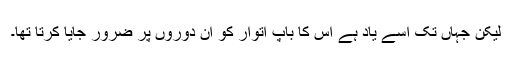
لیکن جہاں تک اسے یاد ہے اس کا باپ اتوار کو ان دوروں پر ضرور جایا کرتا تھا۔